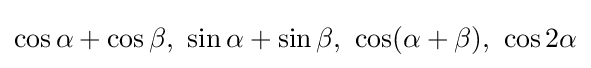
\cos \alpha +\cos \beta ,\ \sin \alpha +\sin \beta ,\ \cos(\alpha +\beta ),\ \cos 2\alpha